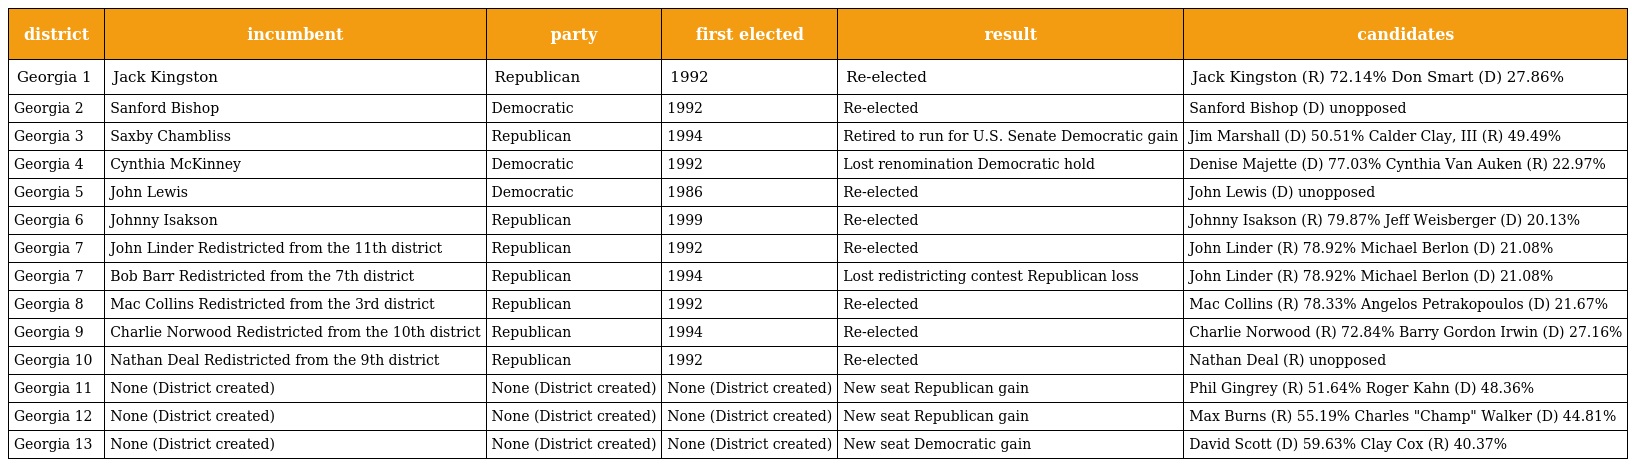
| district | incumbent | party | first elected | result | candidates |
 | --- | --- | --- | --- | --- | --- |
 | Georgia 1 | Jack Kingston | Republican | 1992 | Re-elected | Jack Kingston (R) 72.14% Don Smart (D) 27.86% |
 | Georgia 2 | Sanford Bishop | Democratic | 1992 | Re-elected | Sanford Bishop (D) unopposed |
 | Georgia 3 | Saxby Chambliss | Republican | 1994 | Retired to run for U.S. Senate Democratic gain | Jim Marshall (D) 50.51% Calder Clay, III (R) 49.49% |
 | Georgia 4 | Cynthia McKinney | Democratic | 1992 | Lost renomination Democratic hold | Denise Majette (D) 77.03% Cynthia Van Auken (R) 22.97% |
 | Georgia 5 | John Lewis | Democratic | 1986 | Re-elected | John Lewis (D) unopposed |
 | Georgia 6 | Johnny Isakson | Republican | 1999 | Re-elected | Johnny Isakson (R) 79.87% Jeff Weisberger (D) 20.13% |
 | Georgia 7 | John Linder Redistricted from the 11th district | Republican | 1992 | Re-elected | John Linder (R) 78.92% Michael Berlon (D) 21.08% |
 | Georgia 7 | Bob Barr Redistricted from the 7th district | Republican | 1994 | Lost redistricting contest Republican loss | John Linder (R) 78.92% Michael Berlon (D) 21.08% |
 | Georgia 8 | Mac Collins Redistricted from the 3rd district | Republican | 1992 | Re-elected | Mac Collins (R) 78.33% Angelos Petrakopoulos (D) 21.67% |
 | Georgia 9 | Charlie Norwood Redistricted from the 10th district | Republican | 1994 | Re-elected | Charlie Norwood (R) 72.84% Barry Gordon Irwin (D) 27.16% |
 | Georgia 10 | Nathan Deal Redistricted from the 9th district | Republican | 1992 | Re-elected | Nathan Deal (R) unopposed |
 | Georgia 11 | None (District created) | None (District created) | None (District created) | New seat Republican gain | Phil Gingrey (R) 51.64% Roger Kahn (D) 48.36% |
 | Georgia 12 | None (District created) | None (District created) | None (District created) | New seat Republican gain | Max Burns (R) 55.19% Charles "Champ" Walker (D) 44.81% |
 | Georgia 13 | None (District created) | None (District created) | None (District created) | New seat Democratic gain | David Scott (D) 59.63% Clay Cox (R) 40.37% |